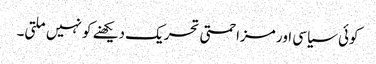
کوئی سیاسی اور مزاحمتی تحریک دیکھنے کو نہیں ملتی۔